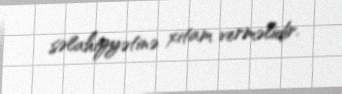
səlahiyyətinə xitam verməlidir.